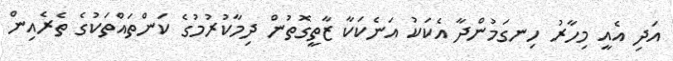
އަދި އެއީ މިހާރު ހިނގަމުންދާ އެކަކު އަނެކަކާ ޒާތީގޮތުން ދިމާކުރުމުގެ ކަންތައްތަކުގެ ތެރެއިން